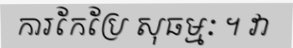
ការកែប្រែ សុធម្មៈ ។ វា